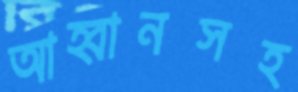
আহ্বানসহ